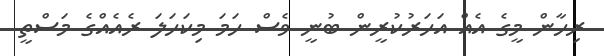
ރިހާން މީގެ އެއް އަހަރުކުރީން ބުނީ ވެސް ހަމަ މިކަހަލަ ރެއެއްގެ މަސްތީ